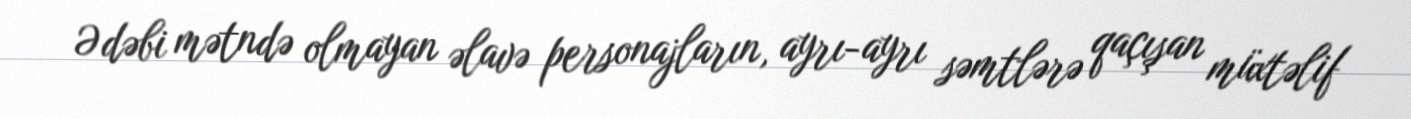
Ədəbi mətndə olmayan əlavə personajların, ayrı-ayrı səmtlərə qaçışan müxtəlif